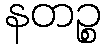
နတဉ္စ